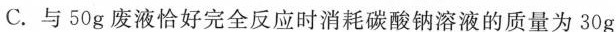
C.与50g废液恰好完全反应时消耗碳酸钠溶液的质量为30g